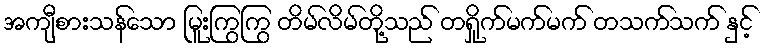
အကျီစားသန်သော မြူးကြွကြွ တိမ်လိမ်တို့သည် တရှိုက်မက်မက် တသက်သက် နှင့်